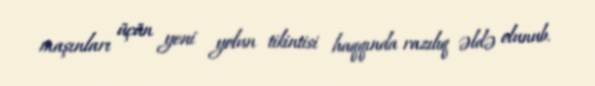
maşınları üçün yeni yolun tikintisi haqqında razılıq əldə olunub.